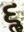
૬ૢ